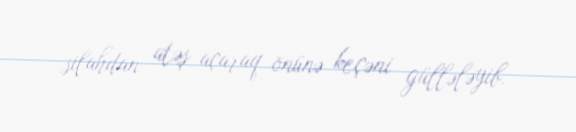
silahdan atəş açaraq önünə keçəni güllələyib.